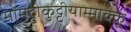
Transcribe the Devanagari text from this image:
मामट्टीकुट्टीयाम्माक्कू